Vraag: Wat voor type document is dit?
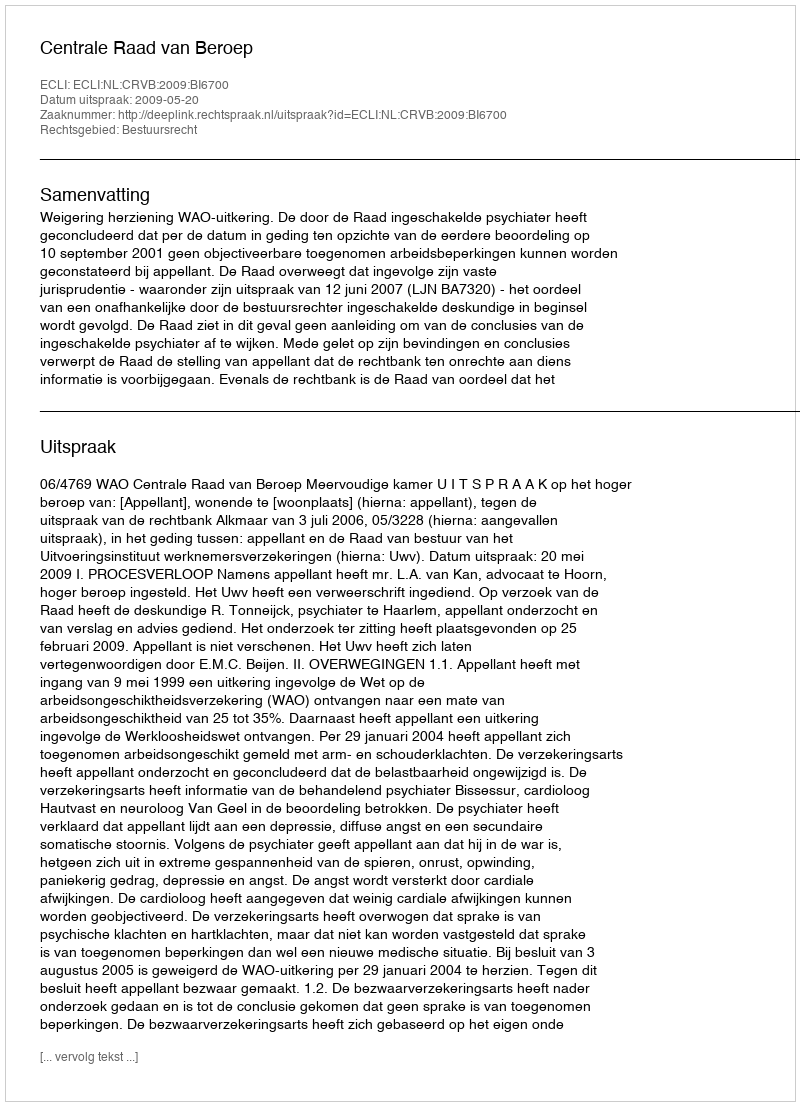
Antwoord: Uitspraak